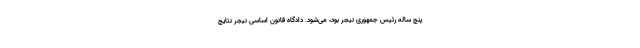
پنج ساله رئیس جمهوری نیجر بود، می‌شود. دادگاه قانون اساسی نیجر نتایج